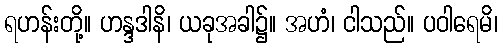
ရဟန်းတို့။ ဟန္ဒဒါနိ၊ ယခုအခါ၌။ အဟံ၊ ငါသည်။ ပဝါရေမိ၊